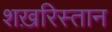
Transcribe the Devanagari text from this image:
शख़रिस्तान